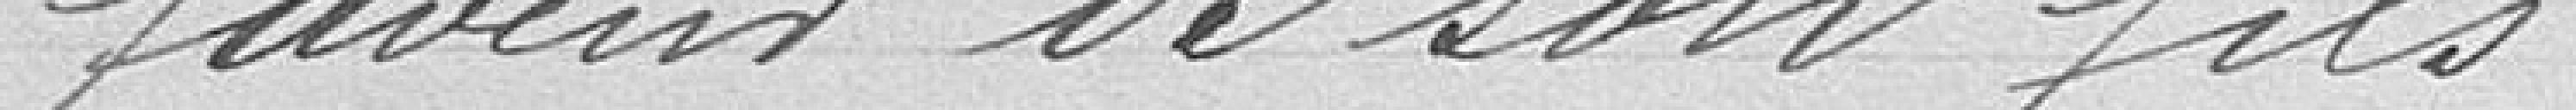
faveur de son fils.